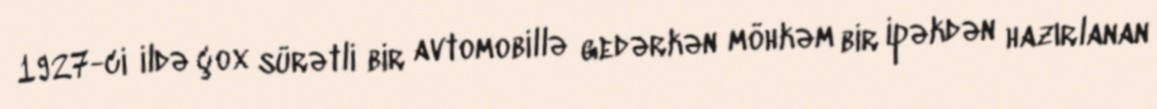
1927-ci ildə çox sürətli bir avtomobillə gedərkən möhkəm bir ipəkdən hazırlanan